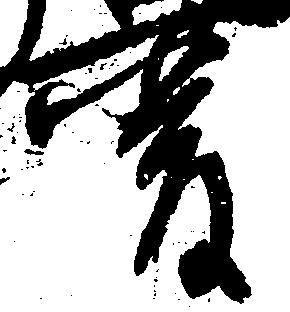
厳